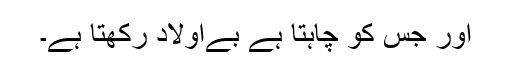
اور جس کو چاہتا ہے بےاولاد رکھتا ہے۔